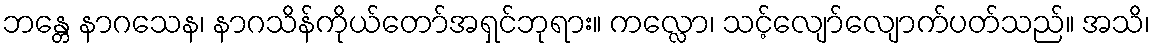
ဘန္တေ နာဂသေန၊ နာဂသိန်ကိုယ်တော်အရှင်ဘုရား။ ကလ္လော၊ သင့်လျော်လျောက်ပတ်သည်။ အသိ၊